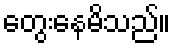
တွေးနေမိသည်။